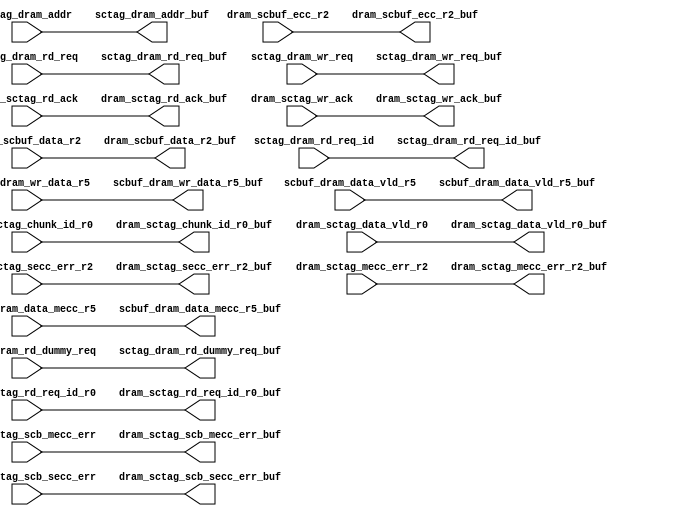
module dram_sc_0_rep2(/*AUTOARG*/
   // Outputs
   dram_scbuf_data_r2_buf, dram_scbuf_ecc_r2_buf, 
   scbuf_dram_wr_data_r5_buf, scbuf_dram_data_vld_r5_buf, 
   scbuf_dram_data_mecc_r5_buf, sctag_dram_rd_req_buf, 
   sctag_dram_rd_dummy_req_buf, sctag_dram_rd_req_id_buf, 
   sctag_dram_addr_buf, sctag_dram_wr_req_buf, dram_sctag_rd_ack_buf, 
   dram_sctag_wr_ack_buf, dram_sctag_chunk_id_r0_buf, 
   dram_sctag_data_vld_r0_buf, dram_sctag_rd_req_id_r0_buf, 
   dram_sctag_secc_err_r2_buf, dram_sctag_mecc_err_r2_buf, 
   dram_sctag_scb_mecc_err_buf, dram_sctag_scb_secc_err_buf, 
   // Inputs
   dram_scbuf_data_r2, dram_scbuf_ecc_r2, scbuf_dram_wr_data_r5, 
   scbuf_dram_data_vld_r5, scbuf_dram_data_mecc_r5, 
   sctag_dram_rd_req, sctag_dram_rd_dummy_req, sctag_dram_rd_req_id, 
   sctag_dram_addr, sctag_dram_wr_req, dram_sctag_rd_ack, 
   dram_sctag_wr_ack, dram_sctag_chunk_id_r0, dram_sctag_data_vld_r0, 
   dram_sctag_rd_req_id_r0, dram_sctag_secc_err_r2, 
   dram_sctag_mecc_err_r2, dram_sctag_scb_mecc_err, 
   dram_sctag_scb_secc_err
   );

   // dram-scbuf TOP
   input [127:0]        dram_scbuf_data_r2;
   input [27:0]         dram_scbuf_ecc_r2;
   // BOTTOM
   output [127:0]       dram_scbuf_data_r2_buf;
   output [27:0]        dram_scbuf_ecc_r2_buf;





   // scbuf to dram TOp
   input [63:0]         scbuf_dram_wr_data_r5;
   input                scbuf_dram_data_vld_r5;
   input                scbuf_dram_data_mecc_r5;

   // BOTTOM
   output [63:0]        scbuf_dram_wr_data_r5_buf;
   output               scbuf_dram_data_vld_r5_buf;
   output               scbuf_dram_data_mecc_r5_buf;


    // sctag_dramsctag signals INputs
   // @ the TOp.
   input        sctag_dram_rd_req;
   input        sctag_dram_rd_dummy_req;
   input [2:0]  sctag_dram_rd_req_id;
   input [39:5] sctag_dram_addr;
   input        sctag_dram_wr_req;

   // sctag_dram BOTTOM
   output       sctag_dram_rd_req_buf;
   output       sctag_dram_rd_dummy_req_buf;
   output [2:0] sctag_dram_rd_req_id_buf;
   output [39:5]        sctag_dram_addr_buf;
   output       sctag_dram_wr_req_buf;


// Input pins on top.
input                   dram_sctag_rd_ack;
input                   dram_sctag_wr_ack;
input  [1:0]            dram_sctag_chunk_id_r0;
input                   dram_sctag_data_vld_r0;
input  [2:0]            dram_sctag_rd_req_id_r0;
input                   dram_sctag_secc_err_r2 ;
input                   dram_sctag_mecc_err_r2 ;
input                   dram_sctag_scb_mecc_err;
input                   dram_sctag_scb_secc_err;
// outputs BOTTOM
output                   dram_sctag_rd_ack_buf;
output                   dram_sctag_wr_ack_buf;
output  [1:0]            dram_sctag_chunk_id_r0_buf;
output                   dram_sctag_data_vld_r0_buf;
output  [2:0]            dram_sctag_rd_req_id_r0_buf;
output                   dram_sctag_secc_err_r2_buf ;
output                   dram_sctag_mecc_err_r2_buf ;
output                   dram_sctag_scb_mecc_err_buf;
output                   dram_sctag_scb_secc_err_buf;





// The placement of pins on the top and bottom should be identical to 
// the placement of the data column of pins in dram_l2_buf1.v

assign	dram_scbuf_data_r2_buf = dram_scbuf_data_r2 ;
assign	dram_scbuf_ecc_r2_buf = dram_scbuf_ecc_r2 ;
assign	scbuf_dram_wr_data_r5_buf = scbuf_dram_wr_data_r5 ;
assign	scbuf_dram_data_vld_r5_buf = scbuf_dram_data_vld_r5 ;
assign	scbuf_dram_data_mecc_r5_buf = scbuf_dram_data_mecc_r5 ;

assign  dram_sctag_rd_ack_buf = dram_sctag_rd_ack ;
assign  dram_sctag_wr_ack_buf = dram_sctag_wr_ack ;
assign  dram_sctag_chunk_id_r0_buf = dram_sctag_chunk_id_r0 ;
assign  dram_sctag_data_vld_r0_buf = dram_sctag_data_vld_r0;
assign  dram_sctag_rd_req_id_r0_buf = dram_sctag_rd_req_id_r0;
assign  dram_sctag_secc_err_r2_buf = dram_sctag_secc_err_r2;
assign  dram_sctag_mecc_err_r2_buf = dram_sctag_mecc_err_r2;
assign     dram_sctag_scb_mecc_err_buf = dram_sctag_scb_mecc_err;
assign     dram_sctag_scb_secc_err_buf = dram_sctag_scb_secc_err;

   assign       sctag_dram_rd_req_buf =  sctag_dram_rd_req ;
   assign       sctag_dram_rd_dummy_req_buf = sctag_dram_rd_dummy_req ;
   assign sctag_dram_rd_req_id_buf = sctag_dram_rd_req_id ;
   assign         sctag_dram_addr_buf = sctag_dram_addr ;
   assign       sctag_dram_wr_req_buf = sctag_dram_wr_req ;


endmodule